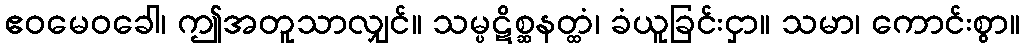
ဧဝမေဝခေါ၊ ဤအတူသာလျှင်။ သမ္ပဋိစ္ဆနတ္ထံ၊ ခံယူခြင်းငှာ။ သမာ၊ ကောင်းစွာ။